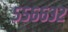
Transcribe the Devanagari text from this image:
५५६६३२